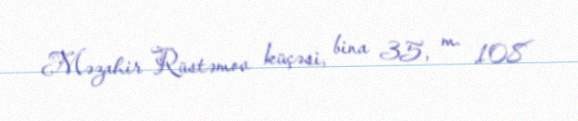
Məzahir Rüstəmov küçəsi, bina 35, m. 108